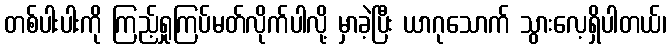
တစ်ပါးပါးကို ကြည့်ရှုကြပ်မတ်လိုက်ပါလို့ မှာခဲ့ပြီး ယာဂုသောက် သွားလေ့ရှိပါတယ်၊